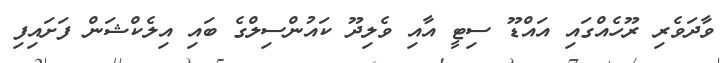
ވާދަވެރި ރޫހެއްގައި އައްޑޫ ސިޓީ އާއި ވެލިދޫ ކައުންސިލްގެ ބައި އިލެކްޝަން ފަށައިފި